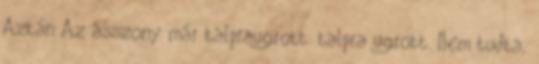
Aztán Az asszony már talpraugrott. talpra ugrott. Nem tudta,